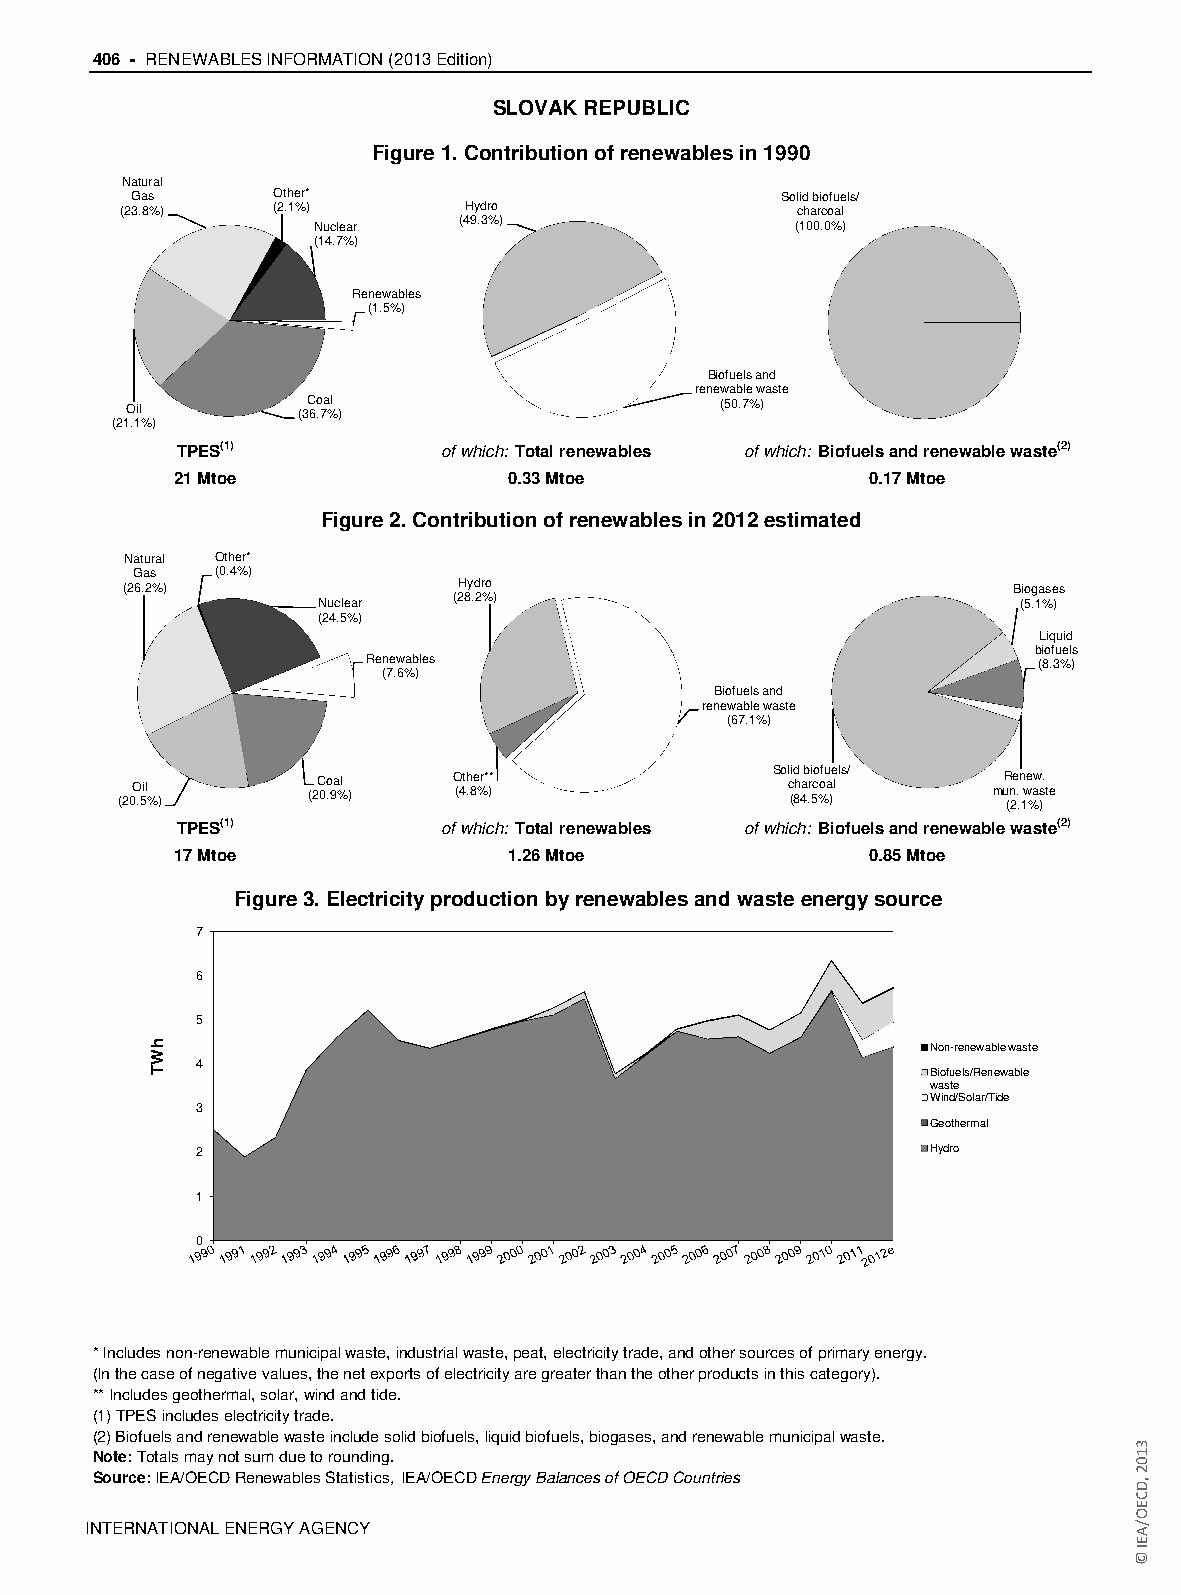
406 - RENEWABLES INFORMATION (2013 Edition)
 SLOVAK REPUBLIC
 Figure 1. Contribution of renewables in 1990
 Natural
 Gas      Other*                            Solid biofuels/
 (23.8%)   (2.1%)       Hydro                 charcoal
 Nuclear  (49.3%)                (100.0%)
 (14.7%)
 Renewables
 (1.5%)
 Biofuels and
 renewable waste
 Oil         (3C 6o .7a %l )             (50.7%)
 (21.1%)
 TPES(1)          of which: Total renewables of which: Biofuels and renewable waste(2)
 21 Mtoe                0.33 Mtoe              0.17 Mtoe
 Figure 2. Contribution of renewables in 2012 estimated
 Natural Other*
 Gas  (0.4%)
 (26.2%)               Hydro                                Biogases
 (28.2%)
 Nuclear                                       (5.1%)
 (24.5%)
 Liquid
 biofuels
 Renewables                                   (8.3%)
 (7.6%)
 Biofuels and
 renewable waste
 (67.1%)
 (20O .5il % ) (2C 0o .9a %l ) O (4t .h 8e %r* )* So cl (i 8d h 4 ab .ri 5co %ofu a )e l ls/ muR (n 2e . .n 1we %aw )s. te
 TPES(1)          of which: Total renewables of which: Biofuels and renewable waste(2)
 17 Mtoe                1.26 Mtoe              0.85 Mtoe
 Figure 3. Electricity production by renewables and waste energy source
 7
 6
 5
 Non-renewable waste
 4
 Biofuels/Renewable
 waste
 Wind/Solar/Tide
 3
 Geothermal
 2                                               Hydro
 1
 0
 * Includes non-renewable municipal waste, industrial waste, peat, electricity trade, and other sources of primary energy.
 (In the case of negative values, the net exports of electricity are greater than the other products in this category).
 ** Includes geothermal, solar, wind and tide.
 (1) TPES includes electricity trade.
 (2) Biofuels and renewable waste include solid biofuels, liquid biofuels, biogases, and renewable municipal waste.
 Note: Totals may not sum due to rounding.
 Source: IEA/OECD Renewables Statistics, IEA/OECD Energy Balances of OECD Countries
 IINNTTEERRNNAATTIIOONNAALL EENNEERRGGYY AAGGEENNCCYY
 hWT
 3102
 ,DCEO/AEI
 ©